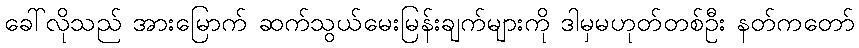
ခေါ်လိုသည် အားမြောက် ဆက်သွယ်မေးမြန်းချက်များကို ဒါမှမဟုတ်တစ်ဦး နတ်ကတော်